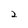
Character: 2